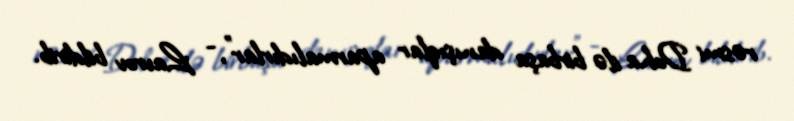
rəsmi Doha ilə birbaşa danışıqlar aparmalıdırlar”, - Lavrov bildirib.